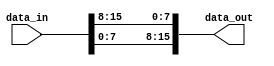
module data_16to16(
	input [15:0] data_in,
	output[15:0] data_out
	);

assign data_out = {data_in[7:0],data_in[15:8]};
	
endmodule